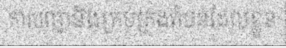
ការបញ្ជានិងគ្រប់គ្រងតំបន់ដែលខ្លួន